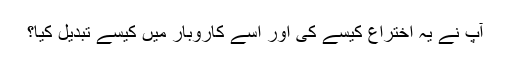
آپ نے یہ اختراع کیسے کی اور اسے کاروبار میں کیسے تبدیل کیا؟